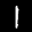
Label: 1